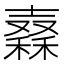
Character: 𥢮